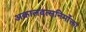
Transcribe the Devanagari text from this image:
अकालवत्सनिर्मोक्ता